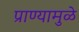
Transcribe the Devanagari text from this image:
प्राण्यामुळे